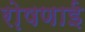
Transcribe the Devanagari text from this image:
रो़षणाई